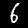
Digit: 6